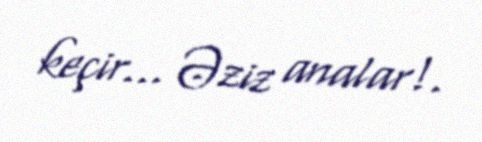
keçir... Əziz analar!.